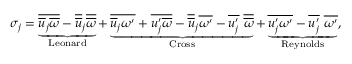
\sigma _ { j } = \underbrace { \overline { { \overline { { u } } _ { j } \overline { { \omega } } } } - \overline { { \overline { { u } } } } _ { j } \overline { { \overline { { \omega } } } } } _ { \mathrm { L e o n a r d } } + \underbrace { \overline { { \overline { { u } } _ { j } \omega ^ { \prime } } } + \overline { { u _ { j } ^ { \prime } \overline { { \omega } } } } - \overline { { \overline { { u } } } } _ { j } \overline { { \omega ^ { \prime } } } - \overline { { u _ { j } ^ { \prime } } } ~ \overline { { \overline { { \omega } } } } } _ { \mathrm { C r o s s } } + \underbrace { \overline { { u _ { j } ^ { \prime } \omega ^ { \prime } } } - \overline { { u _ { j } ^ { \prime } } } ~ \overline { { \omega ^ { \prime } } } } _ { \mathrm { R e y n o l d s } } ,